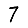
Digit: 7